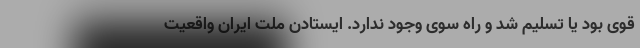
قوی بود یا تسلیم شد و راه سوی وجود ندارد. ایستادن ملت ایران واقعیت